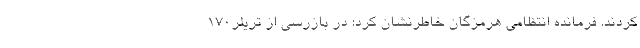
کردند. فرمانده انتظامی هرمزگان خاطرنشان کرد: در بازرسی از تریلر170